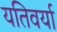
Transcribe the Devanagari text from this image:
यतिवर्या